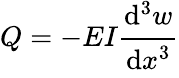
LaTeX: Q=-EI{\cfrac{\mathrm{d}^{3}w}{\mathrm{d}x^{3}}}